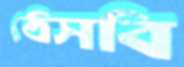
ঠেসবি